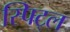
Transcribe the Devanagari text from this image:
स्पिट्ल